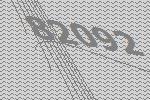
82092